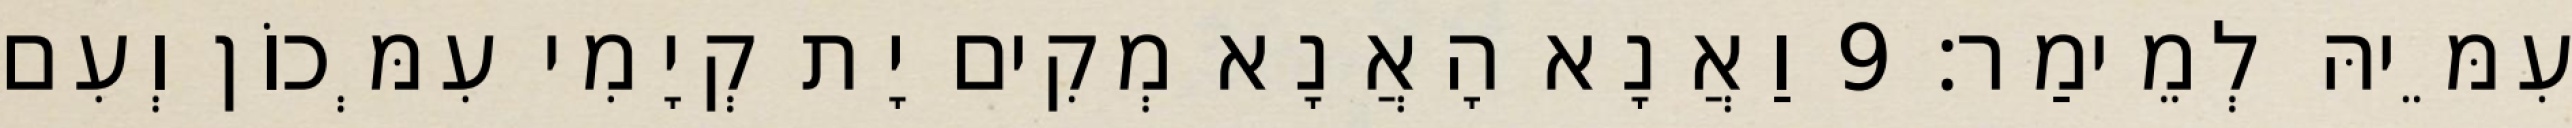
עִמֵּיהּ לְמֵימַר׃ 9 וַאֲנָא הָאֲנָא מְקִים יָת קְיָמִי עִמְּכוֹן וְעִם